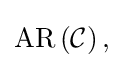
{\textstyle \operatorname {AR} \left({\mathcal {C}}\right),}